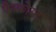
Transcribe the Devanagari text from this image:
पैनकोस्ट